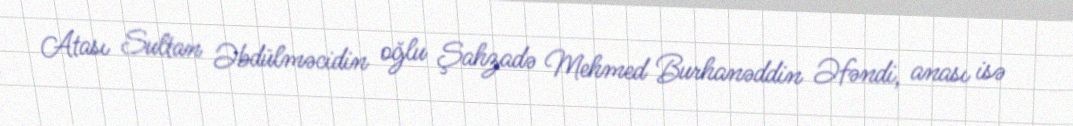
Atası Sultan Əbdülməcidin oğlu Şahzadə Mehmed Burhanəddin Əfəndi, anası isə